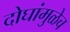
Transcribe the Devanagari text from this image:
दोघांमुळेच